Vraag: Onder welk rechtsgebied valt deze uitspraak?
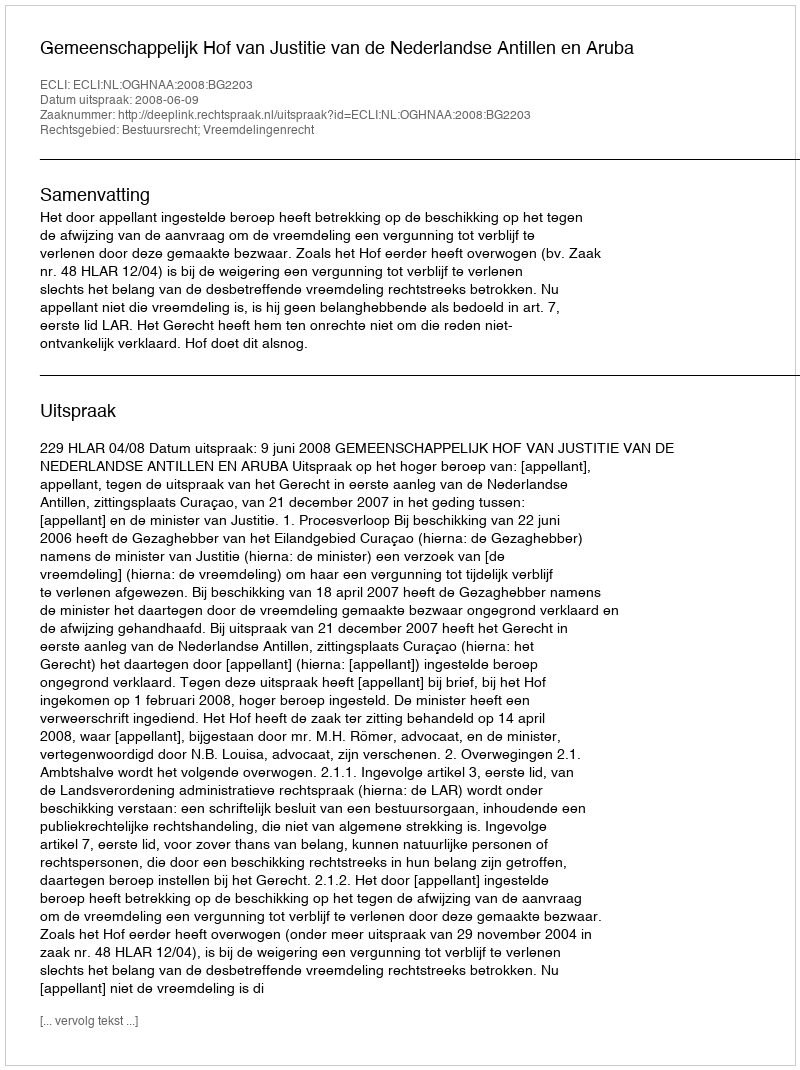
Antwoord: Bestuursrecht; Vreemdelingenrecht